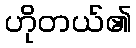
ဟိုတယ်၏